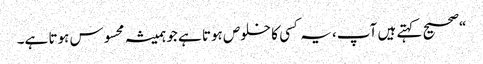
“صحیح کہتے ہیں آپ، یہ کسی کا خلوص ہوتا ہے جو ہمیشہ محسوس ہوتا ہے۔